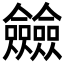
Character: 𠑲